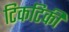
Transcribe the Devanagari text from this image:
टिकटिकी